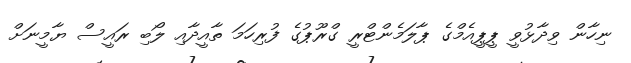
ނިހާން ވިދާޅުވީ ޕީޕީއެމްގެ ޕާލަމެންޓްރީ ގްރޫޕުގެ ފުރިހަމަ ތާއީދާއި ލޯބި ރައީސް ޔާމީނަށް